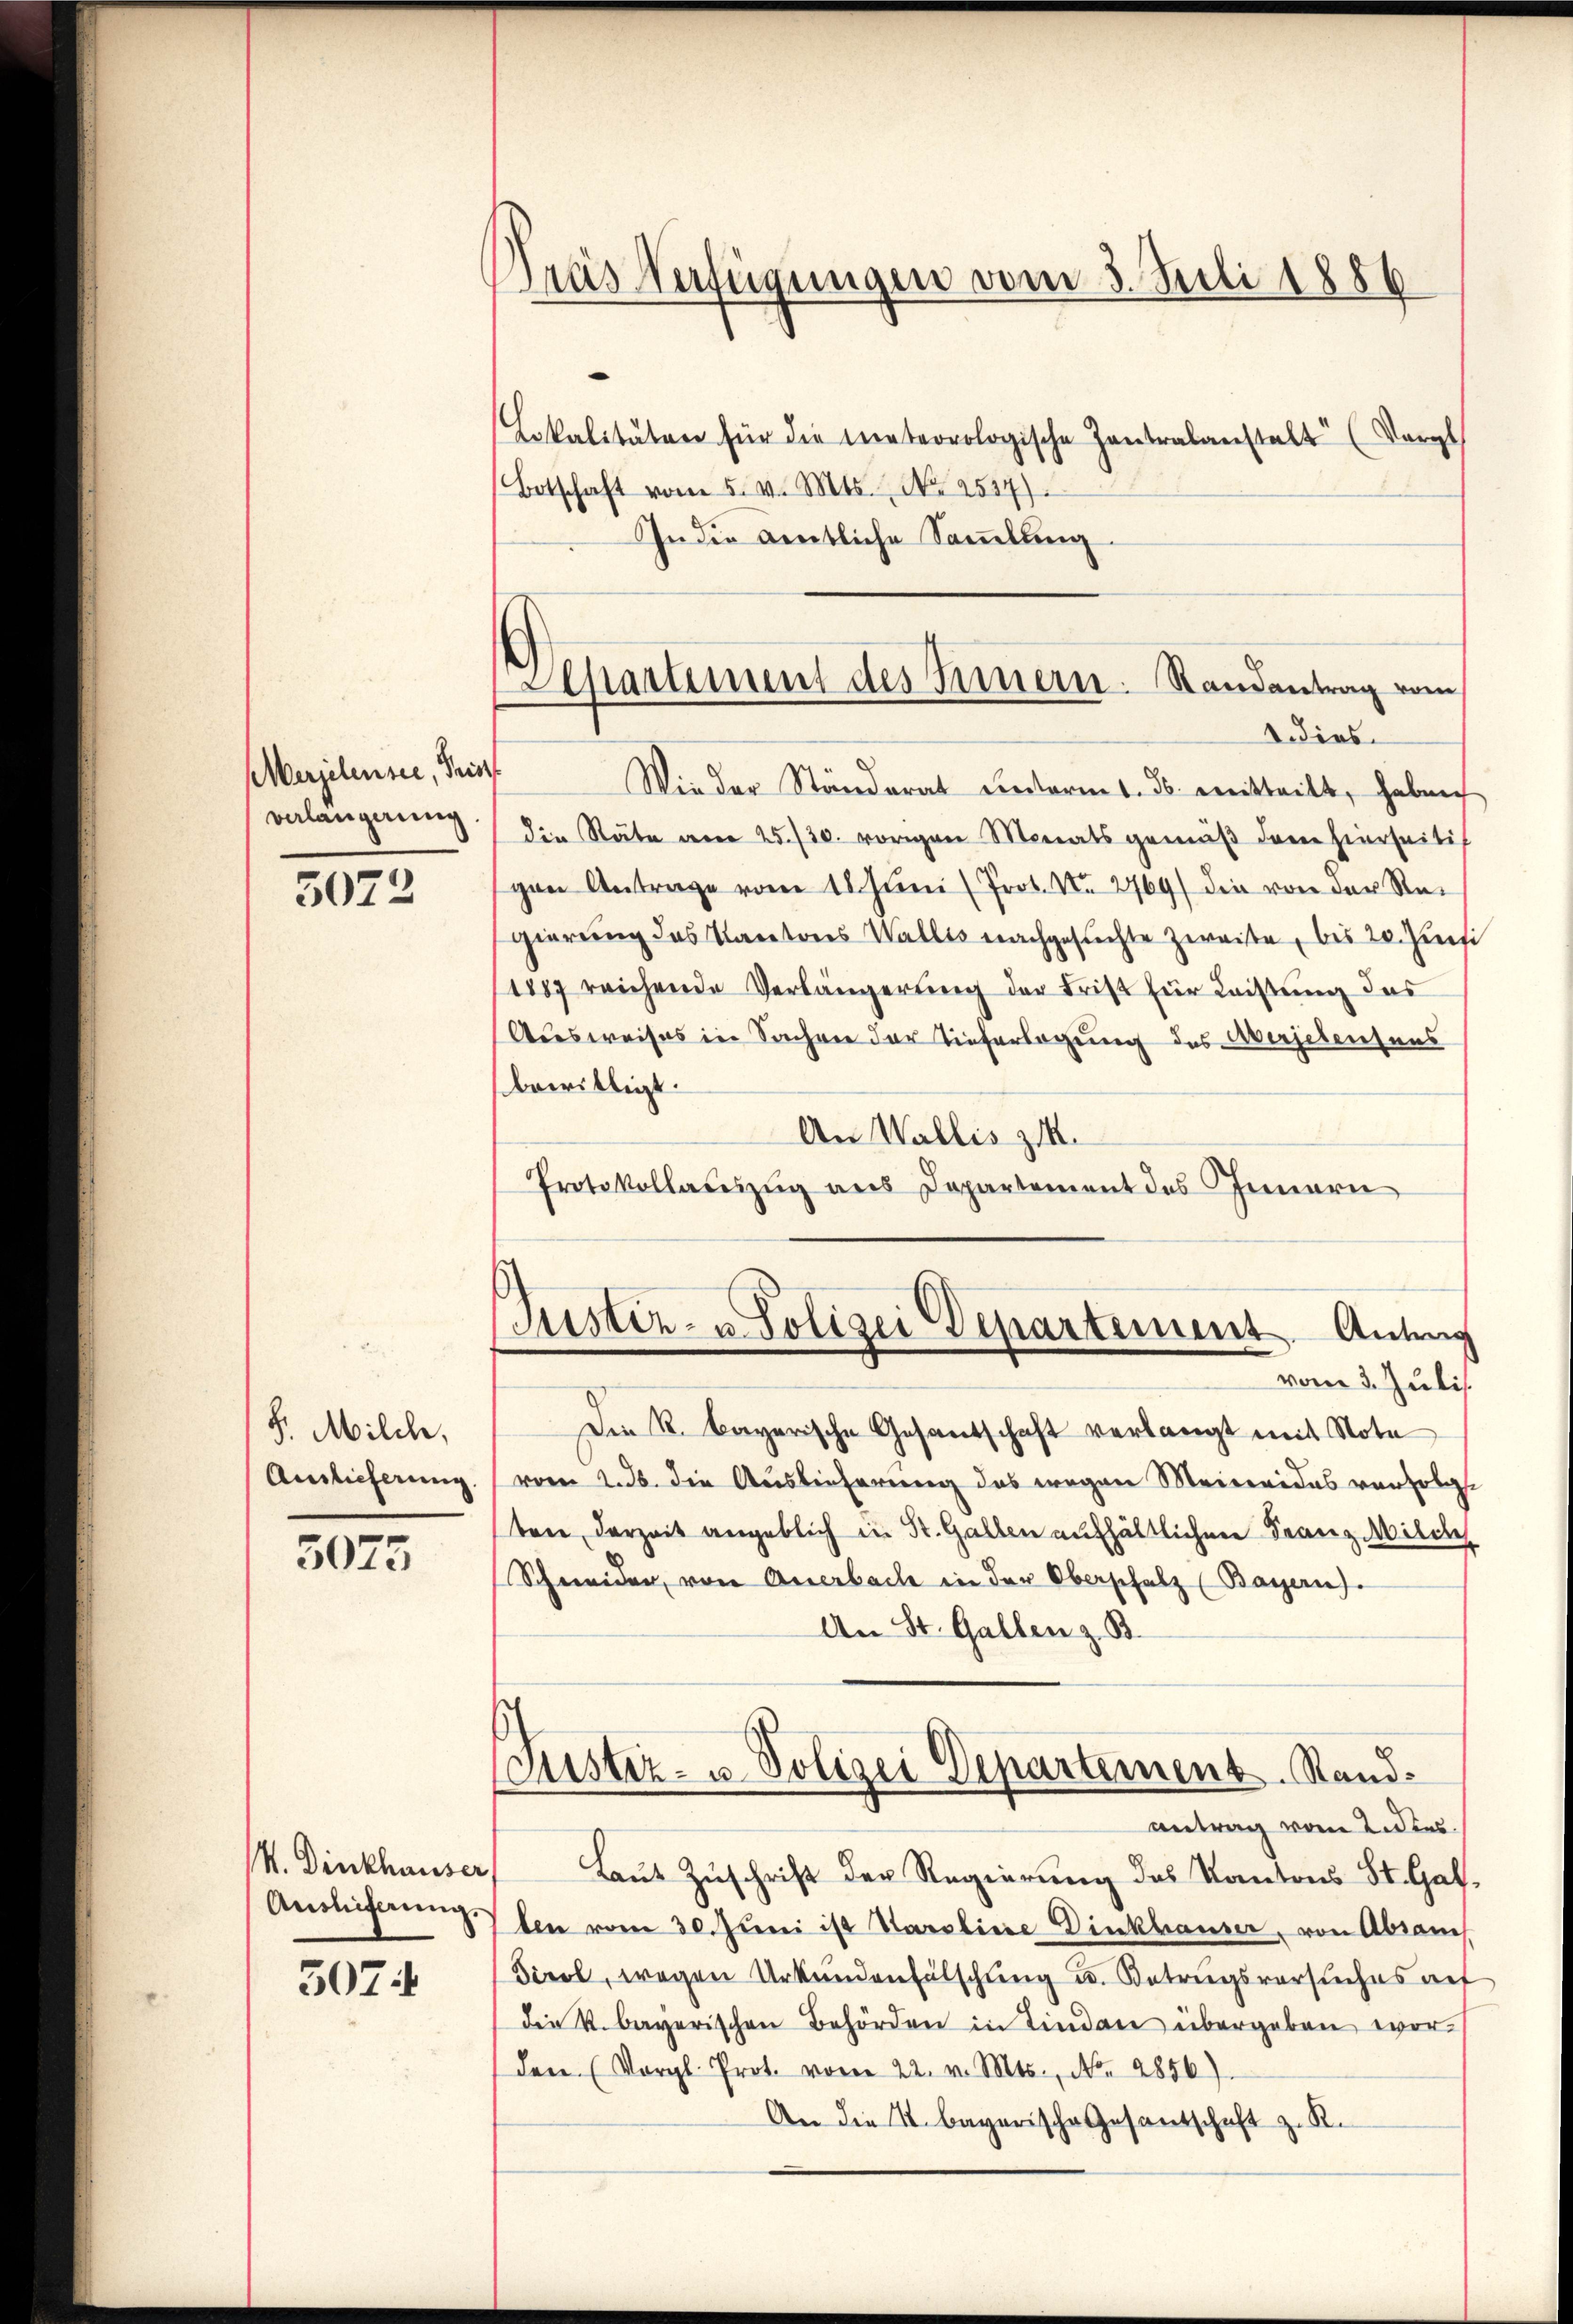
Merjelensee, Frist
verlangerung

5072

F. Milch,
Auslieferung

5075

14. Dinkhauser
Anslieferung.
3074

ras Verfügungen vom 3. Juli 1886
Lokalitäten für die meteorologische Zentralanstalt (Vorpl
Botschaft vom 5. v. Mts. No 2517)

In die deutliche Sammlung

Separtement des Innern. Randantrag vom
2 dies

Wieder Ständerat Reforms. ds. mitteilt, haben
die Räte am 25./30. vorigen Monatsgemäβ dem hierseitis
gen Antrage vom 18. Juni (Prot. Nr. 2769/ die von der Regierung des Kantons Wallis nachgesuchte Zweite, bis 20. Jun
1887 reichende Verlängerŭng der Frist für Leistung des
Ausweises in Sachen der Tieferlegung des Verschensens
bewilligt.
An Wallis zu.
Protokollatŭszŭg ans Departement des Innern
Justiz- u Polizei Departement Antrag
vom 3. Juli.
Die R. Bayerische Gesantschaft verlangt mit Note
vom 2. ds. die Auslieferung das wegen Meineides verfolg
ten derzeit angeblich in St. Gallen aufhältlichen Franz-Milde
Schneider, von Anerbach in der Oberschulz (Bayern).
An St. Gallen z. B.
Justiz- u. Polizei Departement. Standantrag vom 2. dies
Laut Zuschrift der Regierung des Kantons St. Gal,
ben vom 30. Juni ist Karoliere Dinkhauser, von Abrauch
Tirol, wegen Urkundenfälschung u. Betrugsversuches auf
die k. bayerischen Behörden in Lindau übergeben worden. (Vergl. Prot. vom 22. v. Mts., No. 2856)
An die I. bayerische Gesandschaft z. R.